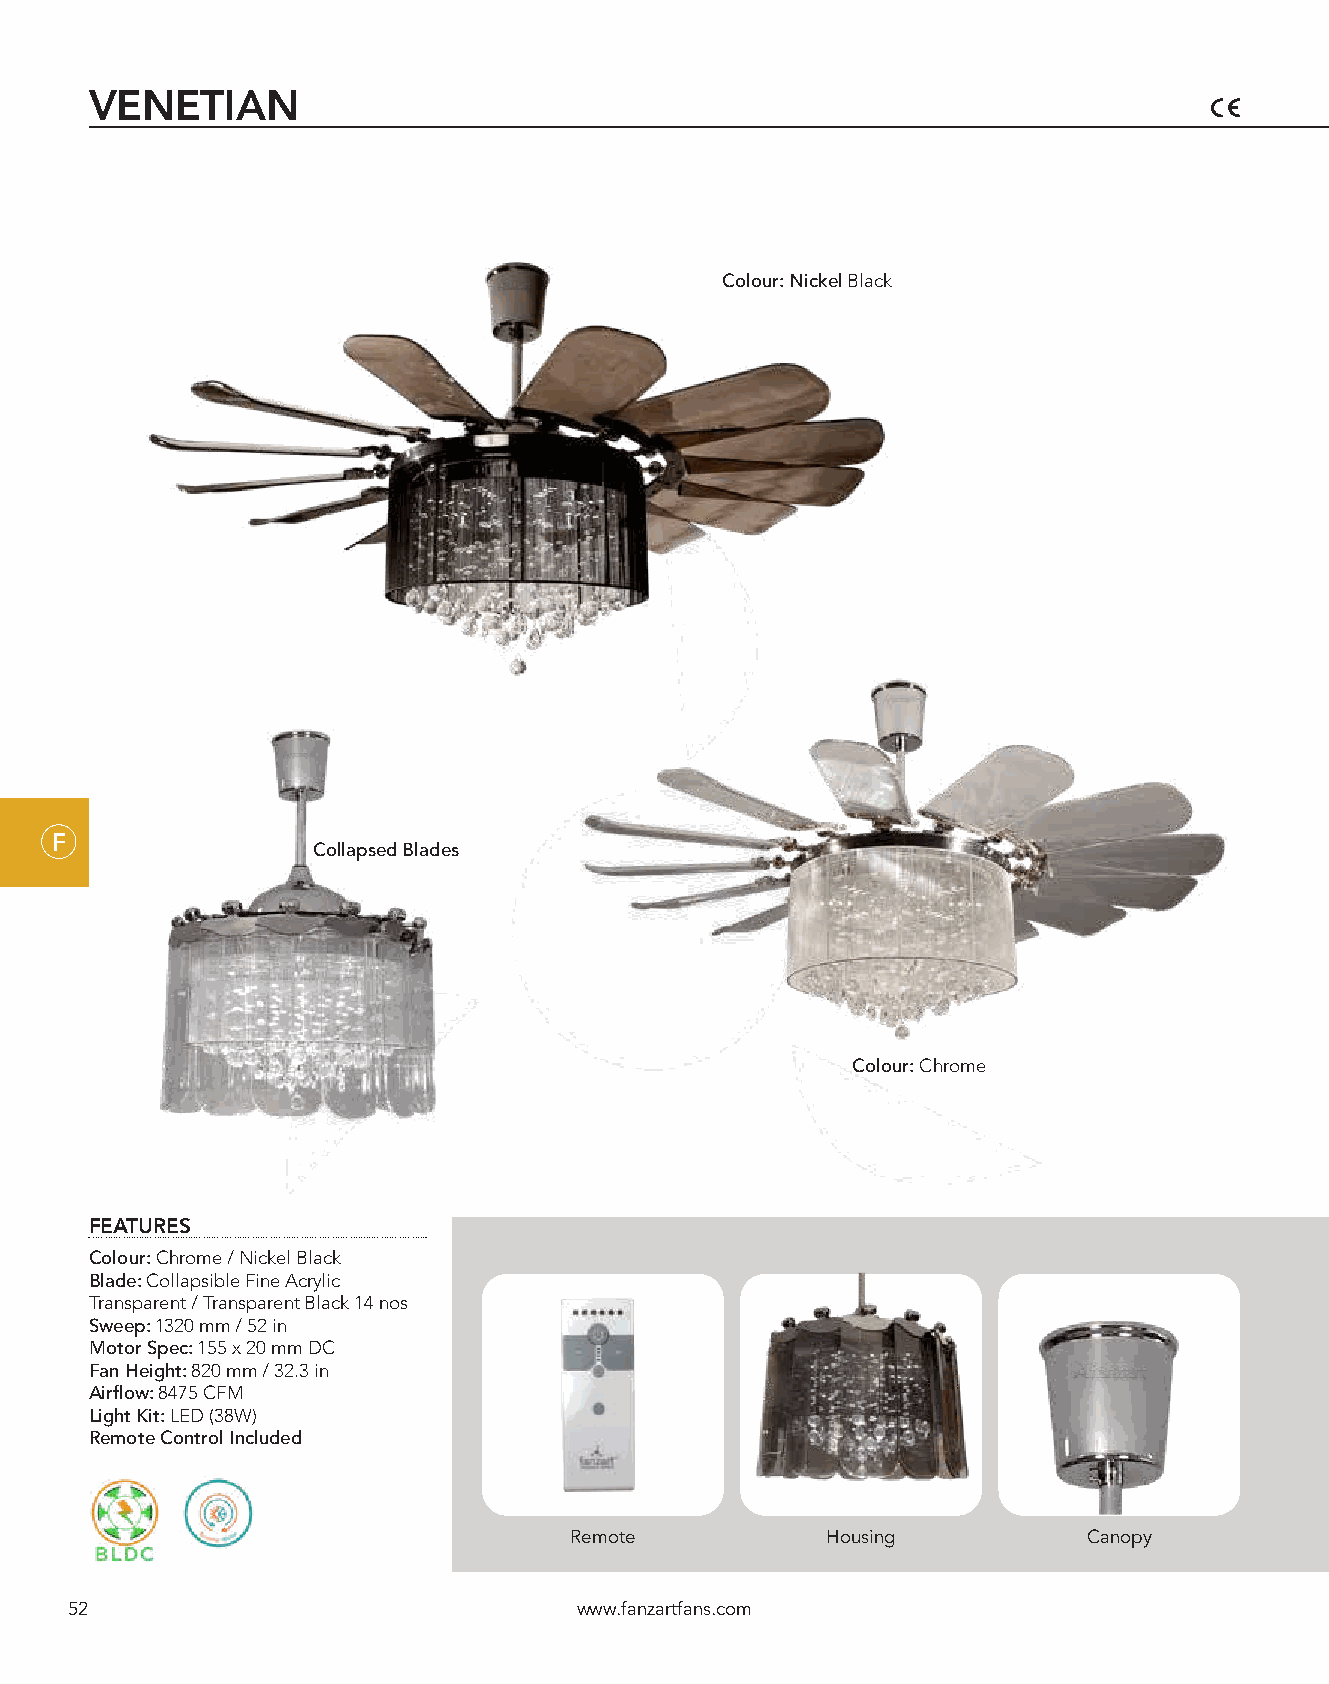
VENETIAN
 Colour: Nickel Black
 F
 Collapsed Blades
 Colour: Chrome
 FEATURES
 Colour: Chrome / Nickel Black
 Blade: Collapsible Fine Acrylic
 Transparent / Transparent Black 14 nos
 Sweep: 1320 mm / 52 in
 Motor Spec: 155 x 20 mm DC
 Fan Height: 820 mm / 32.3 in
 Airflow: 8475 CFM
 Light Kit: LED (38W)
 Remote Control Included
 Remote           Housing          Canopy
 52                                www.fanzartfans.com